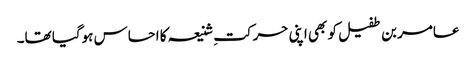
عامر بن طفیل کو بھی اپنی حرکتِ شنیعہ کا احساس ہوگیا تھا۔